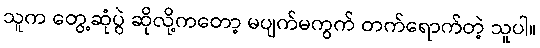
သူက တွေ့ဆုံပွဲ ဆိုလို့ကတော့ မပျက်မကွက် တက်ရောက်တဲ့ သူပါ။